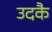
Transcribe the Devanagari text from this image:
उदकै